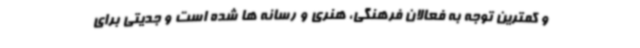
و کمترین توجه به فعالان فرهنگی، هنری و رسانه ها شده است و جدیتی برای